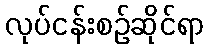
လုပ်ငန်းစဉ်ဆိုင်ရာ